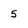
Character: 5